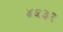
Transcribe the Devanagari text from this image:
४६३१